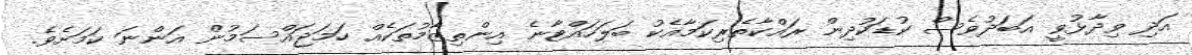
އަދި ވިދާޅުވީ އަބަދުވެސް ކުޑަކުދިން ރައްކާތެރިކަމާއެކު ބަލަހައްޓާނެ އިންތިޒާމުތަކެއް ހަމަޖައްސަމުން އަންނަ ކަމަށެވެ.